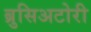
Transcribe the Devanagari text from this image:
ब्रुसिअटोरी